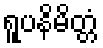
ရူပနိမိတ္တံ